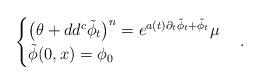
LaTeX: \begin{align*}\begin{cases}\big(\theta+dd^c\tilde\phi_t\big)^n=e^{a(t)\partial_t\tilde\phi_t+\tilde\phi_t}\mu\\\tilde \phi(0,x)=\phi_0\end{cases}.\end{align*}